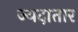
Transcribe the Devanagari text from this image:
ज्यदातार